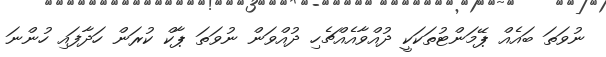
ނުވަތަ ބައެއް ޕޭމަންޓުތަކަކީ ދުއްވާއެއްޗެހި ދުއްވަން ނުވަތަ ޕާކް ކުރަން ހަދާފައި ހުންނަ